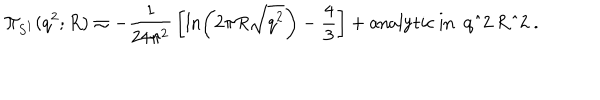
\Pi _ { S ^ { 1 } } ( q ^ { 2 } ; R ) \simeq - { \frac { 1 } { 2 4 \pi ^ { 2 } } } \left[ \ln \left( 2 \pi R \sqrt { q ^ { 2 } } \right) - { \frac { 4 } { 3 } } \right] + \mathrm { a n a l y t i c ~ i n ~ q ^ { 2 } ~ R ^ { 2 } ~ } .